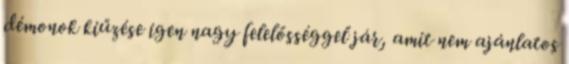
démonok kiűzése igen nagy felelősséggel jár, amit nem ajánlatos